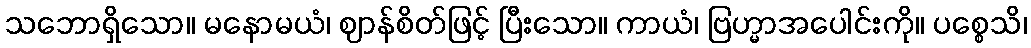
သဘောရှိသော။ မနောမယံ၊ ဈာန်စိတ်ဖြင့် ပြီးသော။ ကာယံ၊ ဗြဟ္မာအပေါင်းကို။ ပစ္စေသိ၊